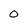
Character: 0